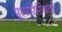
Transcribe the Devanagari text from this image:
पूरपरिस्थिती